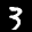
Label: 3